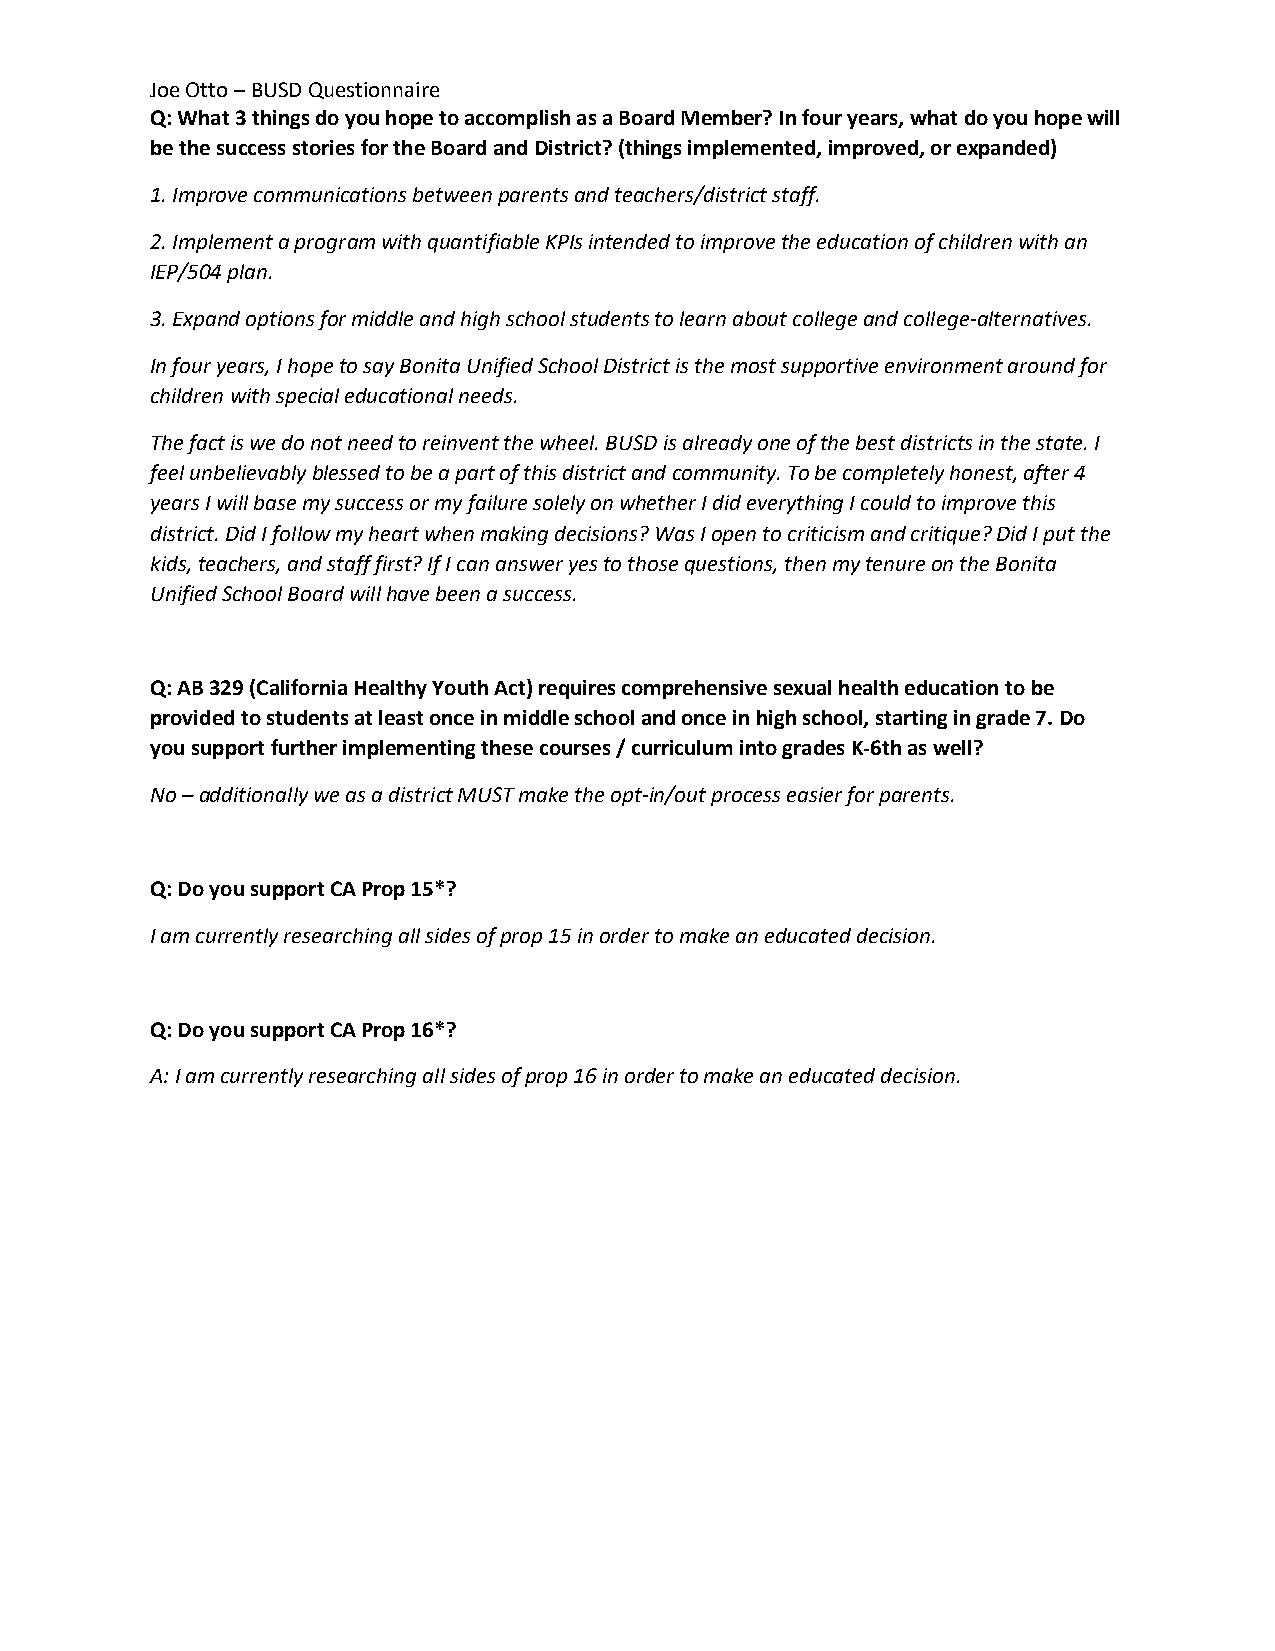
Joe Otto – BUSD Questionnaire
 Q: What 3 things do you hope to accomplish as a Board Member? In four years, what do you hope will
 be the success stories for the Board and District? (things implemented, improved, or expanded)
 1. Improve communications between parents and teachers/district staff.
 2. Implement a program with quantifiable KPIs intended to improve the education of children with an
 IEP/504 plan.
 3. Expand options for middle and high school students to learn about college and college-alternatives.
 In four years, I hope to say Bonita Unified School District is the most supportive environment around for
 children with special educational needs.
 The fact is we do not need to reinvent the wheel. BUSD is already one of the best districts in the state. I
 feel unbelievably blessed to be a part of this district and community. To be completely honest, after 4
 years I will base my success or my failure solely on whether I did everything I could to improve this
 district. Did I follow my heart when making decisions? Was I open to criticism and critique? Did I put the
 kids, teachers, and staff first? If I can answer yes to those questions, then my tenure on the Bonita
 Unified School Board will have been a success.
 Q: AB 329 (California Healthy Youth Act) requires comprehensive sexual health education to be
 provided to students at least once in middle school and once in high school, starting in grade 7. Do
 you support further implementing these courses / curriculum into grades K-6th as well?
 No – additionally we as a district MUST make the opt-in/out process easier for parents.
 Q: Do you support CA Prop 15*?
 I am currently researching all sides of prop 15 in order to make an educated decision.
 Q: Do you support CA Prop 16*?
 A: I am currently researching all sides of prop 16 in order to make an educated decision.